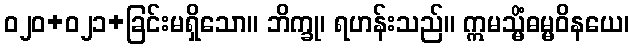
ဝ၂၀+၀၂၁+ခြင်းမရှိသော။ ဘိက္ခု၊ ရဟန်းသည်။ ဣမသ္မိံဓမ္မဝိနယေ၊